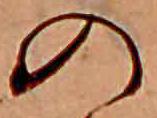
の